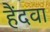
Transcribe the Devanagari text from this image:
हैंदवा